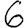
Digit: 6